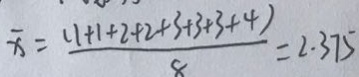
\overline { x } = \frac { ( 1 + 1 + 2 + 2 + 3 + 3 + 3 + 4 ) } { 8 } = 2 \cdot 3 7 5